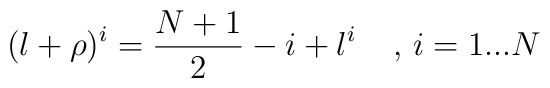
(l+\rho)^{i}=\frac{N+1}{2}-i+l^{i}  \;\;\;\;  \mbox{, $i=1...N$}